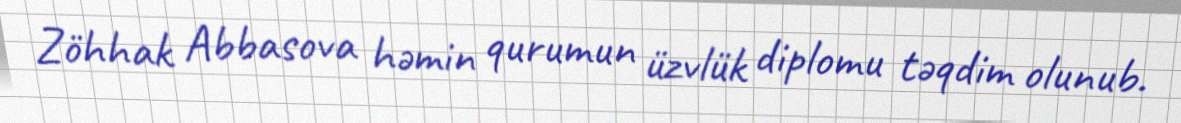
Zöhhak Abbasova həmin qurumun üzvlük diplomu təqdim olunub.